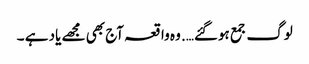
لوگ جمع ہوگئے…. وہ واقعہ آج بھی مجھے یاد ہے ۔